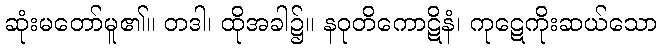
ဆုံးမတော်မူ၏။ တဒါ၊ ထိုအခါ၌။ နဝုတိကောဋိနံ၊ ကုဋေကိုးဆယ်သော